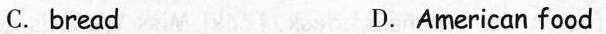
C.bread D.American food